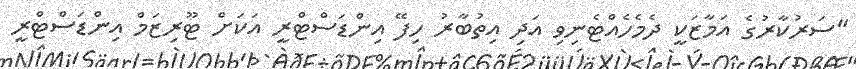
"ސަރުކާރުގެ އަމާޒަކީ ދެމެހެއްޓެނިވި އަދި އިތުބާރު ހިފޭ އިންޑަސްޓްރީ އަކަށް ޓޫރިޒަމް އިންޑަސްޓްރީ